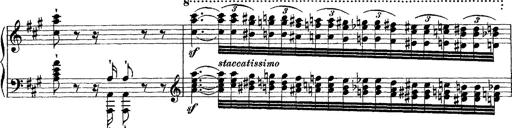
Title: Grande fantasie di bravura sur La clochette
Composer: Franz Liszt
Key: A minor